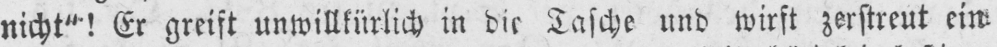
nicht“! Er greift unwillkürlich in die Tasche und wirft zerstreut ein